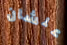
علشان